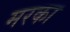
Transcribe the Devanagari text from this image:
मरका